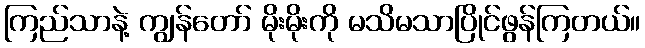
ကြည်သာနဲ့ ကျွန်တော် မိုးမိုးကို မသိမသာပြိုင်ဖွန်ကြတယ်။